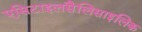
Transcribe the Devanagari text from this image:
एसिटाइलसैलिसाइलिक